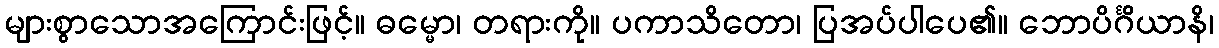
များစွာသောအကြောင်းဖြင့်။ ဓမ္မော၊ တရားကို။ ပကာသိတော၊ ပြအပ်ပါပေ၏။ ဘောပိင်္ဂိယာနိ၊